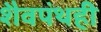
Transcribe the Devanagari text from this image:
शैवपंथही